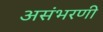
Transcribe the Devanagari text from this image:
असंभरणी